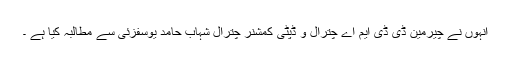
انہوں نے چیرمین ڈی ڈی ایم اے چترال و ڈپٹی کمشنر چترال شہاب حامد یوسفزئی سے مطالبہ کیا ہے ۔